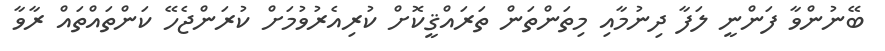
ބޭނުންވާ ފަންނީ ލަފާ ދިނުމާއި މިތަންތަން ތަރައްޤީކޮށް ކުރިއެރުވުމަށް ކުރަންޖެހޭ ކަންތައްތައް ރާވާ